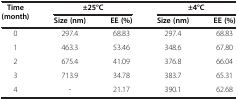
<table><thead><tr><td rowspan="2"><b>Time (month)</b></td><td colspan="2"><b><i>±</i>25°C</b></td><td colspan="2"><b><i>±</i>4°C</b></td></tr><tr><td><b>Size (nm)</b></td><td><b>EE (%)</b></td><td><b>Size (nm)</b></td><td><b>EE (%)</b></td></tr></thead><tbody><tr><td>0</td><td>297.4</td><td>68.83</td><td>297.4</td><td>68.83</td></tr><tr><td>1</td><td>463.3</td><td>53.46</td><td>348.6</td><td>67.80</td></tr><tr><td>2</td><td>675.4</td><td>41.09</td><td>376.8</td><td>66.04</td></tr><tr><td>3</td><td>713.9</td><td>34.78</td><td>383.7</td><td>65.31</td></tr><tr><td>4</td><td>-</td><td>21.17</td><td>390.1</td><td>62.68</td></tr></tbody></table>